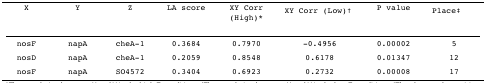
| X | Y | Z | LA score | XY Corr (High)* | XY Corr (Low)† | P value | Place‡ |
 | --- | --- | --- | --- | --- | --- | --- | --- |
 | nosF | napA | cheA-1 | 0.3684 | 0.7970 | -0.4956 | 0.00002 | 5 |
 | nosD | napA | cheA-1 | 0.2059 | 0.8548 | 0.6178 | 0.01347 | 12 |
 | nosF | napA | SO4572 | 0.3404 | 0.6923 | 0.2732 | 0.00008 | 17 |